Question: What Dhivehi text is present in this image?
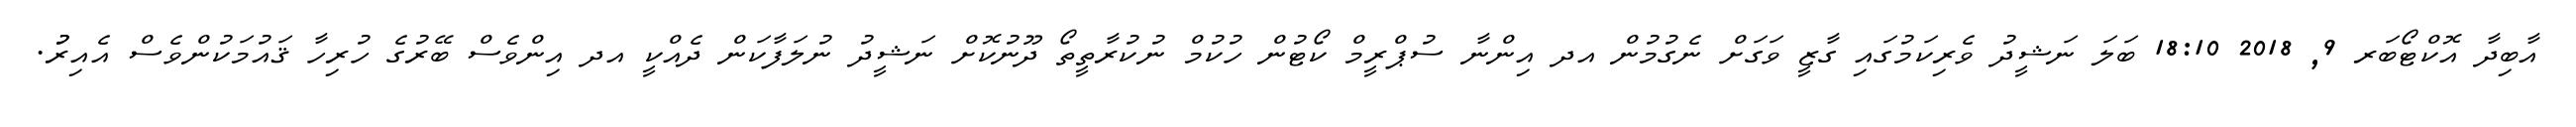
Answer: އާބިދާ އޮކްޓޯބަރ 9, 2018 18:10 ބަލަ ނަޝީދު ވެރިކަމުގައި ގާޒީ ވަގަށް ނެގުމުން އދ އިންނާ ސުޕްރީމް ކޯޓުން ހުކުމް ނުކުރާތީތޯ ދޫނުކޮށް ނަޝީދު ނުލަފާކަން ދެއްކީ އދ އިންވެސް ބޭރުގެ ހުރިހާ ޤައުމަކުންވެސް އެއިރުު.